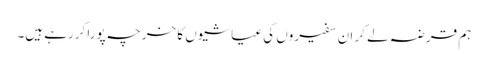
ہم قرضہ لے کر ان سفیروں کی عیاشیوں کا خرچہ پورا کررہے ہیں۔